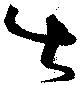
出